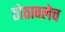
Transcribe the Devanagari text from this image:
ठोठावलेच